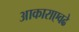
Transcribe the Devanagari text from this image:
आकाराएवढे